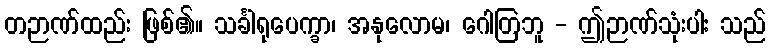
တဉာဏ်ထည်း ဖြစ်၏။ သင်္ခါရုပေက္ခာ၊ အနုလောမ၊ ဂေါတြဘူ - ဤဉာဏ်သုံးပါး သည်